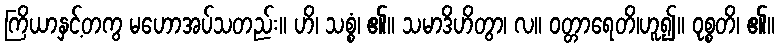
ကြိယာနှင့်တကွ မဟောအပ်သတည်း။ ဟိ၊ သစ္စံ၊ ၏။ သမာဒိဟိတွာ၊ လ။ ဝတ္တာရေတိ၊ဟူ၍။ ဝုစ္စတိ၊ ၏။